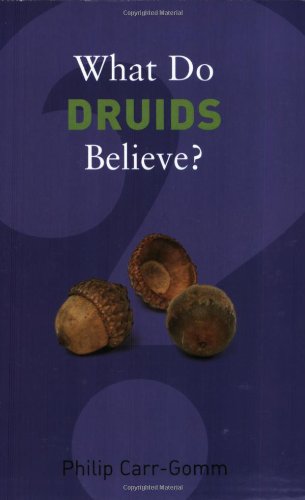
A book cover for What Do Druids Believe? (What Do We Believe?); Philip Carr-Gomm; Religion & Spirituality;